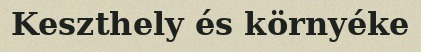
Keszthely és környéke